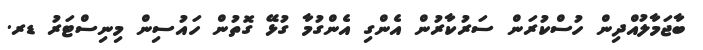
ބާޖަމާލުއްދިން ހުސްކުރަން ސަރުކާރުން އެންގި އެންގުމާ ގުޅޭ ގޮތުން ހައުސިން މިނިސްޓަރު ޑރ.